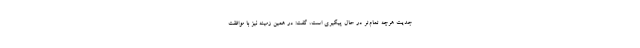
جدیت هرچه تمام‌تر در حال پیگیری است، گفت: در همین زمینه نیز با موافقت